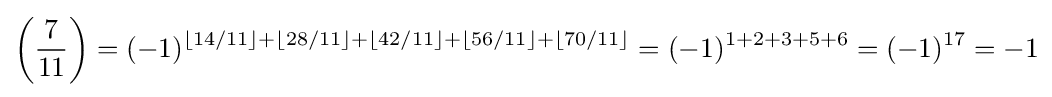
\left({\frac {7}{11}}\right)=(-1)^{\left\lfloor 14/11\right\rfloor +\left\lfloor 28/11\right\rfloor +\left\lfloor 42/11\right\rfloor +\left\lfloor 56/11\right\rfloor +\left\lfloor 70/11\right\rfloor }=(-1)^{1+2+3+5+6}=(-1)^{17}=-1